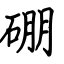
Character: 硼